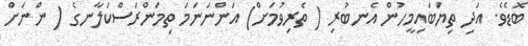
ބޮޑެވެ. އަދި ތިޔަބައިމީހުން އެނބުރި ( ތެރިވުމަށް) އަންނަނަމަ ތިމަންރަސްކަލާނގެ ( ންނަށް